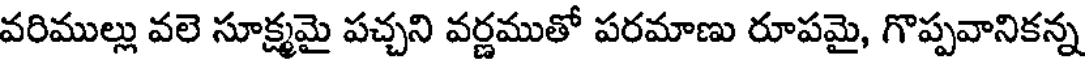
వరిముల్లు వలె సూక్ష్మమై పచ్చని వర్ణముతో పరమాణు రూపమై, గొప్పవానికన్న